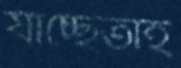
যাচ্ছেতাই